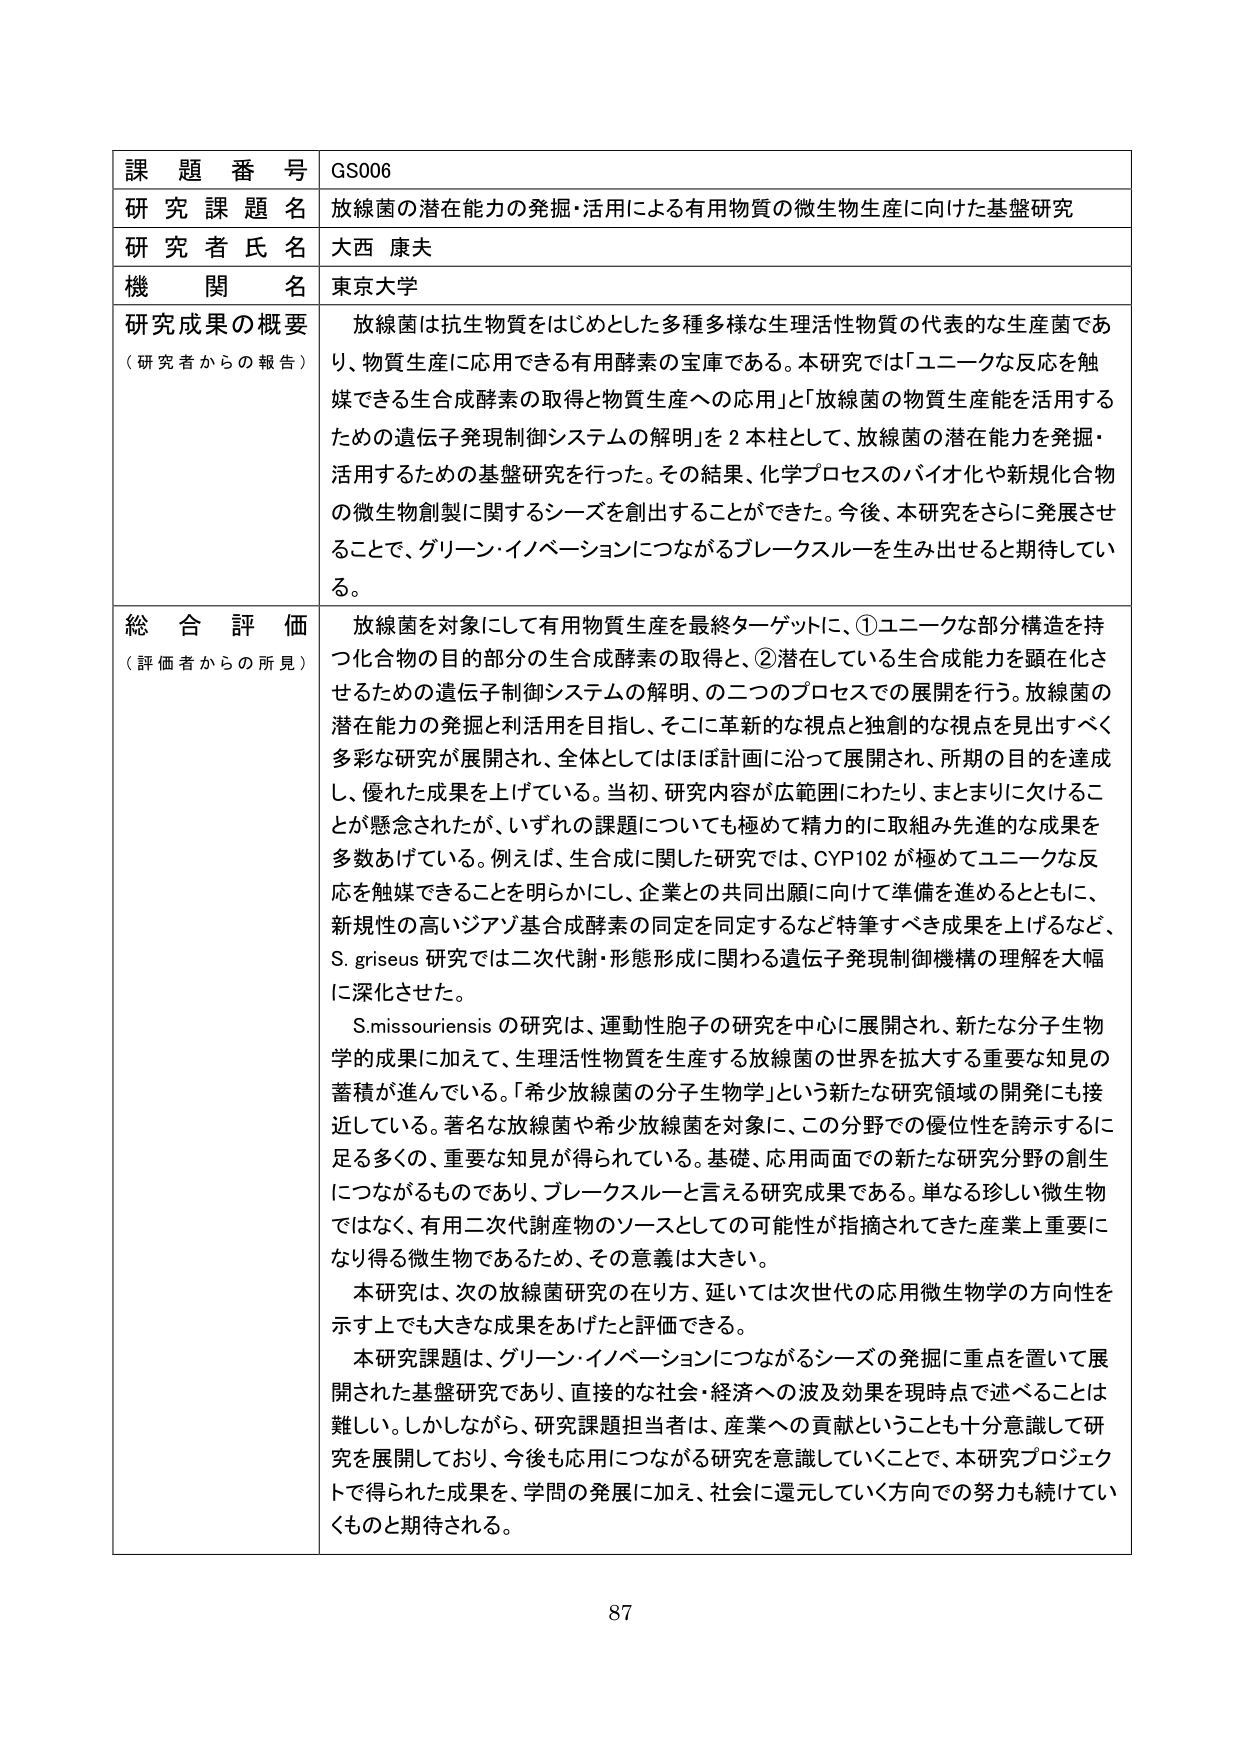
課題番号 GS006
研究課題名 放線菌の潜在能力の発掘・活用による有用物質の微生物生産に向けた基盤研究
研究者氏名 大西 康夫
機関名 東京大学
研究成果の概要（研究者からの報告） 放線菌は抗生物質をはじめとした多種多様な生理活性物質の代表的な生産菌であり、物質生産に応用できる有用酵素の宝庫である。本研究では「ユニークな反応を触媒できる生合成酵素の取得と物質生産への応用」と「放線菌の物質生産能を活用するための遺伝子発現制御システムの解明」を2本柱として、放線菌の潜在能力を発掘・活用するための基盤研究を行った。その結果、化学プロセスのバイオ化や新規化合物の微生物創製に関するシーズを創出することができた。今後、本研究をさらに発展させることで、グリーン・イノベーションにつながるブレークスルーを生み出せると期待している。
総合評価（評価者からの所見） 放線菌を対象にして有用物質生産を最終ターゲットに、①ユニークな部分構造を持つ化合物の目的部分の生合成酵素の取得と、②潜在している生合成能力を顕在化させるための遺伝子制御システムの解明、の二つのプロセスでの展開を行う。放線菌の潜在能力の発掘と利活用を目指し、そこに革新的な視点と独創的な視点を見出すべく多彩な研究が展開され、全体としてはほぼ計画に沿って展開され、所期の目的を達成し、優れた成果を上げている。当初、研究内容が広範囲にわたり、まとまりに欠けることが懸念されたが、いずれの課題についても極めて精力的に取組み先進的な成果を多数あげている。例えば、生合成に関した研究では、CYP102が極めてユニークな反応を触媒できることを明らかにし、企業との共同出願に向けて準備を進めるとともに、選択性の高いジアゾ基合成酵素の同定を同定するなど特筆すべき成果を上げるなど、S. griseus研究では二次代謝・形態形成に関わる遺伝子発現制御機構の理解を大幅に深化させた。
S.missouriensisの研究は、運動性胞子の研究を中心に展開され、新たな分子生物学的成果に加えて、生理活性物質を生産する放線菌の世界を拡大する重要な知見の蓄積が進んでいる。「希少放線菌の分子生物学」という新たな研究領域の開発にも接近している。著名な放線菌や希少放線菌を対象に、この分野での優位性を誇示するに足る多くの、重要な知見が得られている。基礎、応用両面での新たな研究分野の創生につながるものであり、ブレークスルーと言える研究成果である。単なる珍しい微生物ではなく、有用二次代謝産物のソースとしての可能性が指摘されてきた産業上重要になり得る微生物であるため、その意義は大きい。
本研究は、次の放線菌研究の在り方、延いては次世代の応用微生物学の方向性を示す上でも大きな成果をあげたと評価できる。
本研究課題は、グリーン・イノベーションにつながるシーズの発掘に重点を置いて展開された基盤研究であり、直接的な社会・経済への波及効果を現時点で述べることは難しい。しかしながら、研究課題担当者は、産業への貢献ということも十分意識して研究を展開しており、今後も応用につながる研究を意識していくことで、本研究プロジェクトで得られた成果を、学問の発展に加え、社会に還元していく方向での努力も続けていくものと期待される。
87